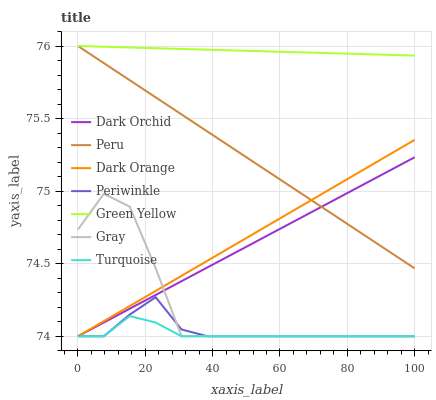
| xaxis_label | Dark Orchid | Peru | Dark Orange | Periwinkle | Green Yellow | Gray | Turquoise |
 | --- | --- | --- | --- | --- | --- | --- | --- |
 | 0 | 74 | 76 | 74 | 74 | 76 | 74.7 | 74 |
 | 7.69 | 74.1 | 75.9 | 74.1 | 74 | 76 | 75 | 74 |
 | 15.4 | 74.2 | 75.8 | 74.2 | 74.1 | 76 | 74.9 | 74.1 |
 | 23.1 | 74.3 | 75.6 | 74.3 | 74.3 | 76 | 74.5 | 74.1 |
 | 30.8 | 74.4 | 75.5 | 74.4 | 74 | 76 | 74 | 74 |
 | 38.5 | 74.5 | 75.4 | 74.5 | 74 | 76 | 74 | 74 |
 | 46.2 | 74.6 | 75.3 | 74.6 | 74 | 76 | 74 | 74 |
 | 53.8 | 74.7 | 75.2 | 74.7 | 74 | 76 | 74 | 74 |
 | 61.5 | 74.8 | 75.1 | 74.8 | 74 | 76 | 74 | 74 |
 | 69.2 | 74.9 | 74.9 | 74.9 | 74 | 76 | 74 | 74 |
 | 76.9 | 74.9 | 74.8 | 75 | 74 | 75.9 | 74 | 74 |
 | 84.6 | 75 | 74.7 | 75.1 | 74 | 75.9 | 74 | 74 |
 | 92.3 | 75.1 | 74.6 | 75.2 | 74 | 75.9 | 74 | 74 |
 | 100 | 75.2 | 74.5 | 75.4 | 74 | 75.9 | 74 | 74 |